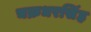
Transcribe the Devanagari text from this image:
चक्रधरसिंह